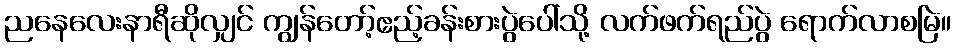
ညနေလေးနာရီဆိုလျှင် ကျွန်တော့်ဧည့်ခန်းစားပွဲပေါ်သို့ လက်ဖက်ရည်ပွဲ ရောက်လာစမြဲ။